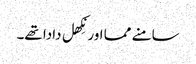
سامنے مما اور نِکھل دادا تھے۔